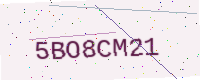
Text: 5BO8CM21